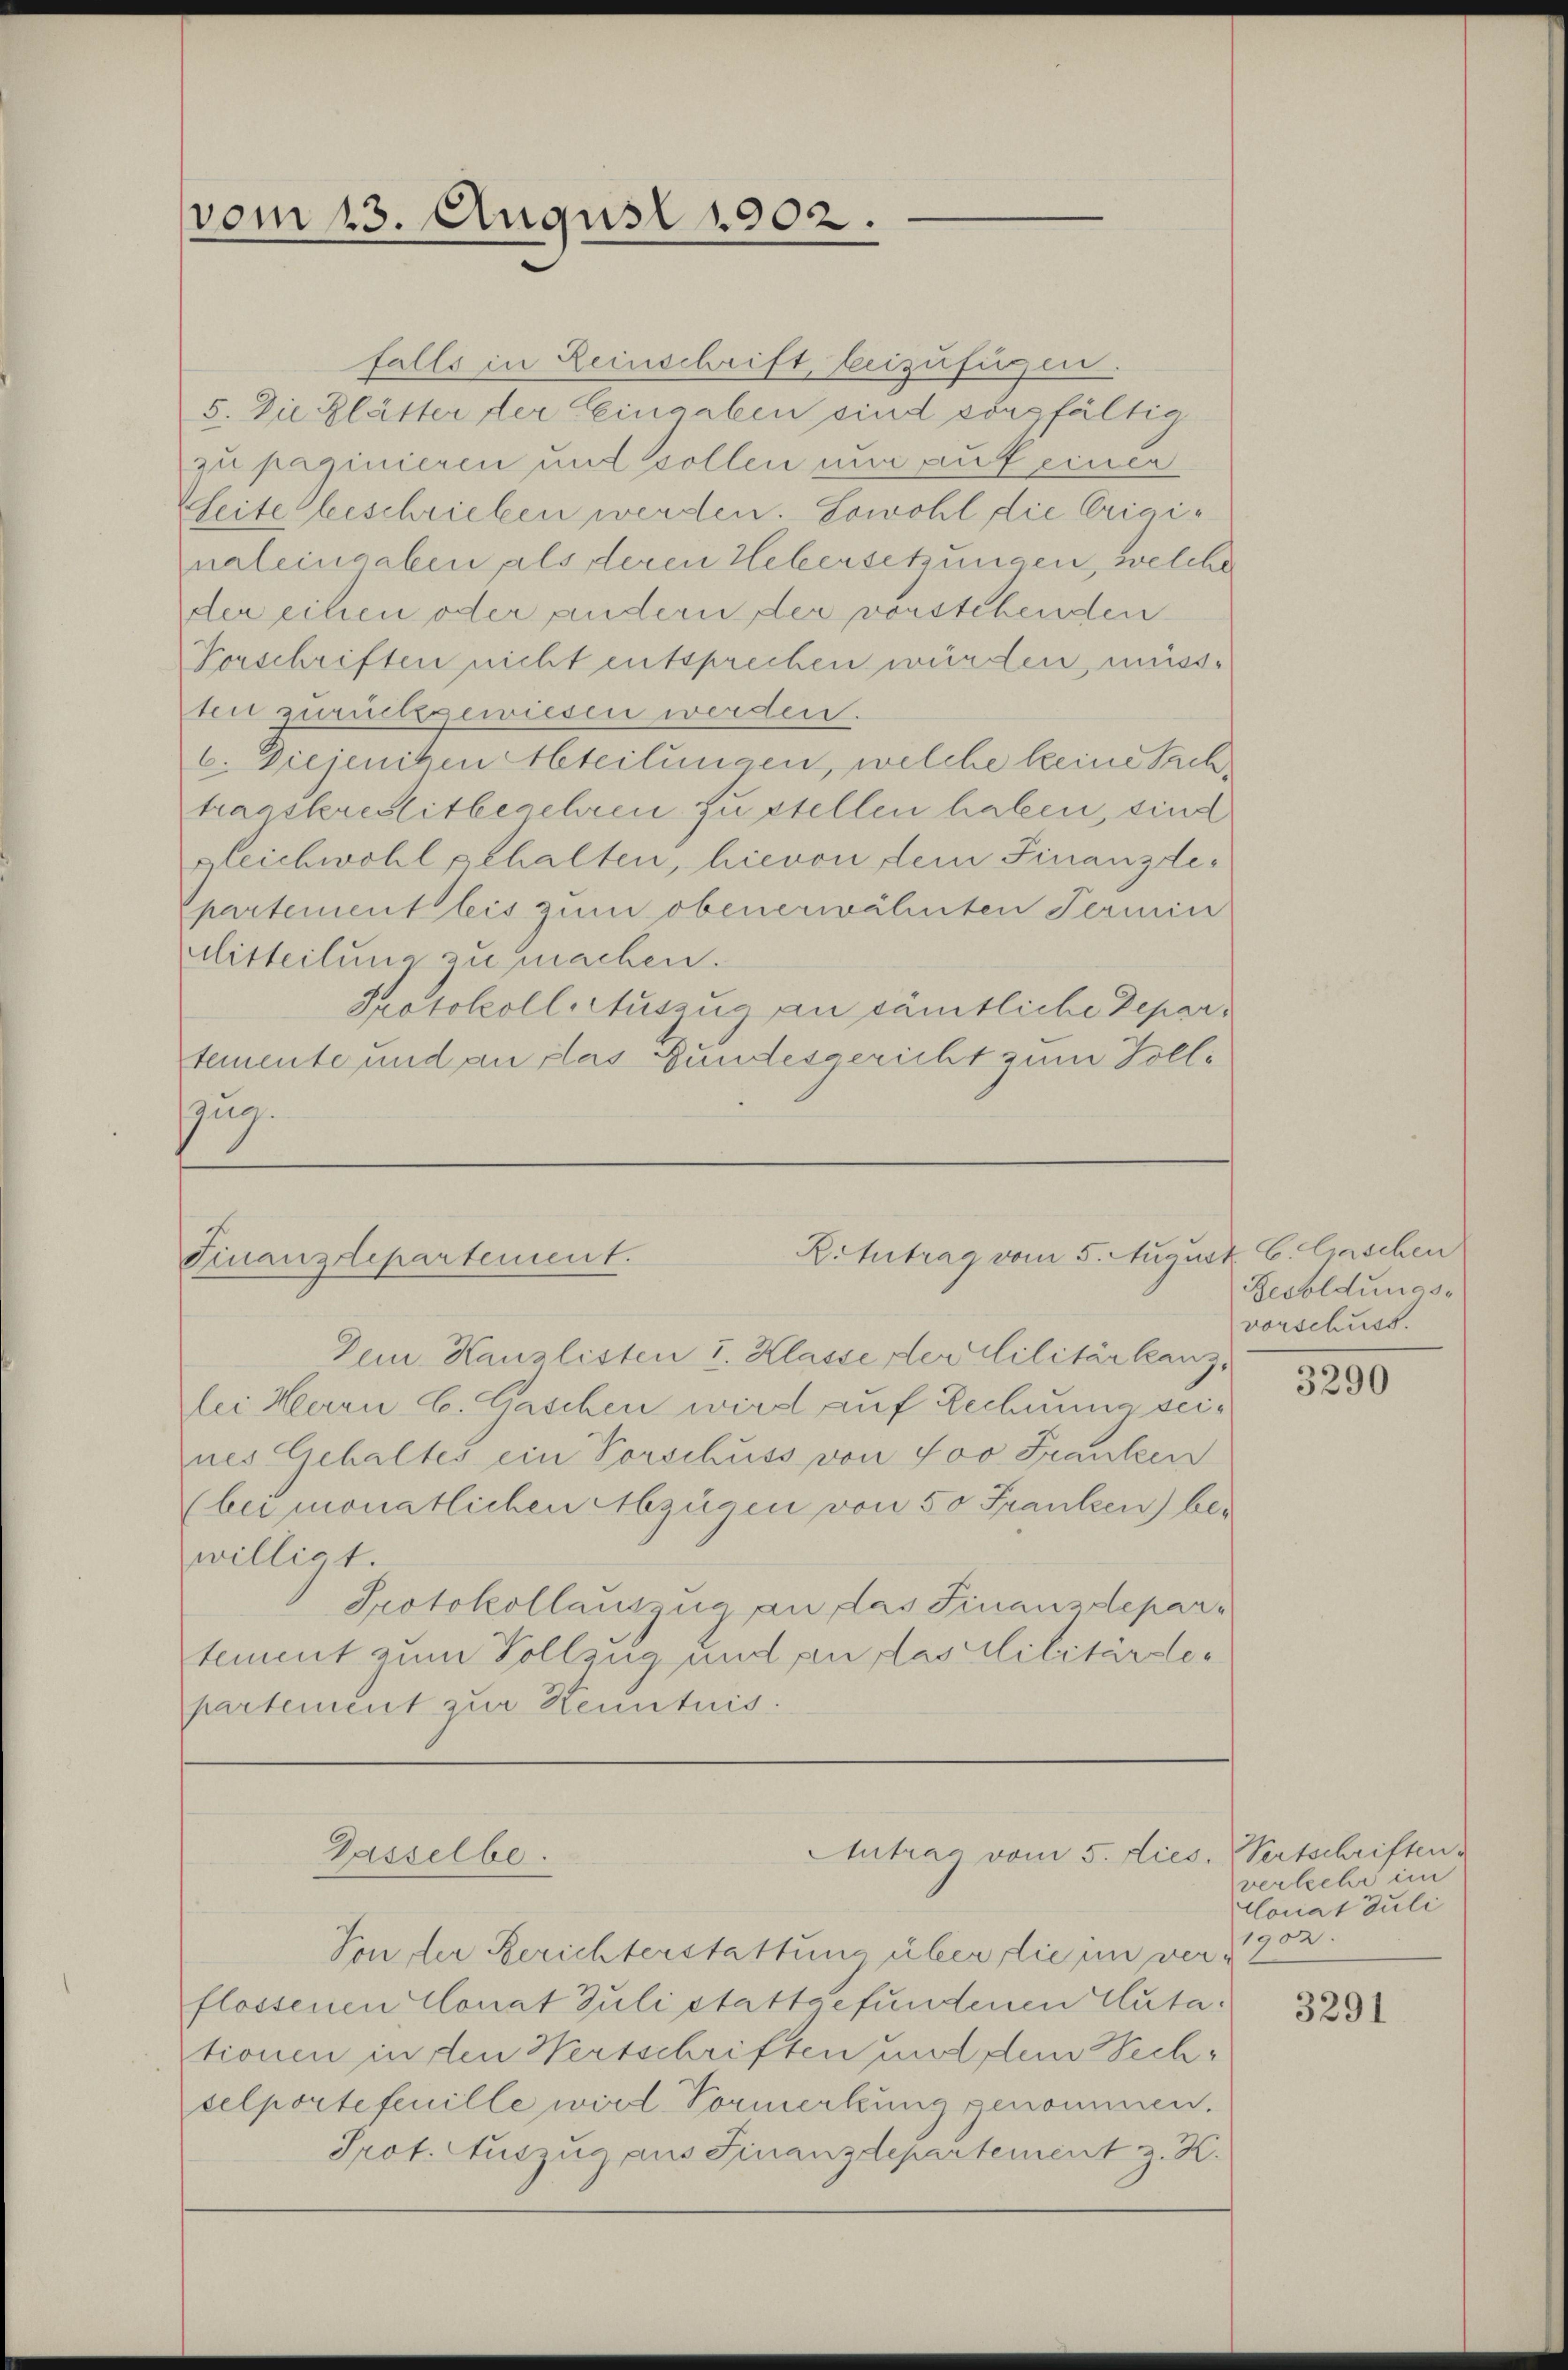
vom 13. August 1902.

falls in Leinschrift, beizufügen.
5. Die Glätter der Eingaben sind sorgfältig
zu paginieren und sollen nun auf einer
Weite beschrieben werden. Sowohl die Originaleingaben als deren Hebersetzungen, welche
der einen oder andern der vorstehenden
Vorschriften nicht entsprechen würden, müss
ten zurückgewiesen werden.
C. Diejeniten teilungen, welche keine Sachtragskreditbegehren zu stellen haben, sind
gleichwohl gehalten, hievon dem Finanzdepartement leis zum obenerwähnten Termin
Mitteilung zu machen.
Protokoll Auszug an sämtliche Departemente und an das Gundesgericht zum Folle
Zug.

Kittrag vom 5. August C. Caschen
Finanzdepartement.

Gasselbe.

Dem. Kanzlisten u. Klasse der Militär kanzlei Herrn C. Gaschen wird auf Rechnung seines Gehaltes ein Vorschuss von Joo Franken
(bei monatlichen Abzügen von 50 Franken) bewilligt.
Protokollauszug an das Finanzdepartement zum Vollzug und an das Militärder
partement zur Kenntnis.

Von der Berichterstattung über die im ver-
flossenen Conat Juli stattgefundenen Guta
tionen in den Wertschriften und dem echselportefeuille wird Vormerkung genommen.
Prot. Auszug aus Finanzdepartement z. K.

Antrag vom 5. dies. Wertschriften

Resoldungs-
vorschuss.

3290

verlecht im
Conat Juli
1902.

3291